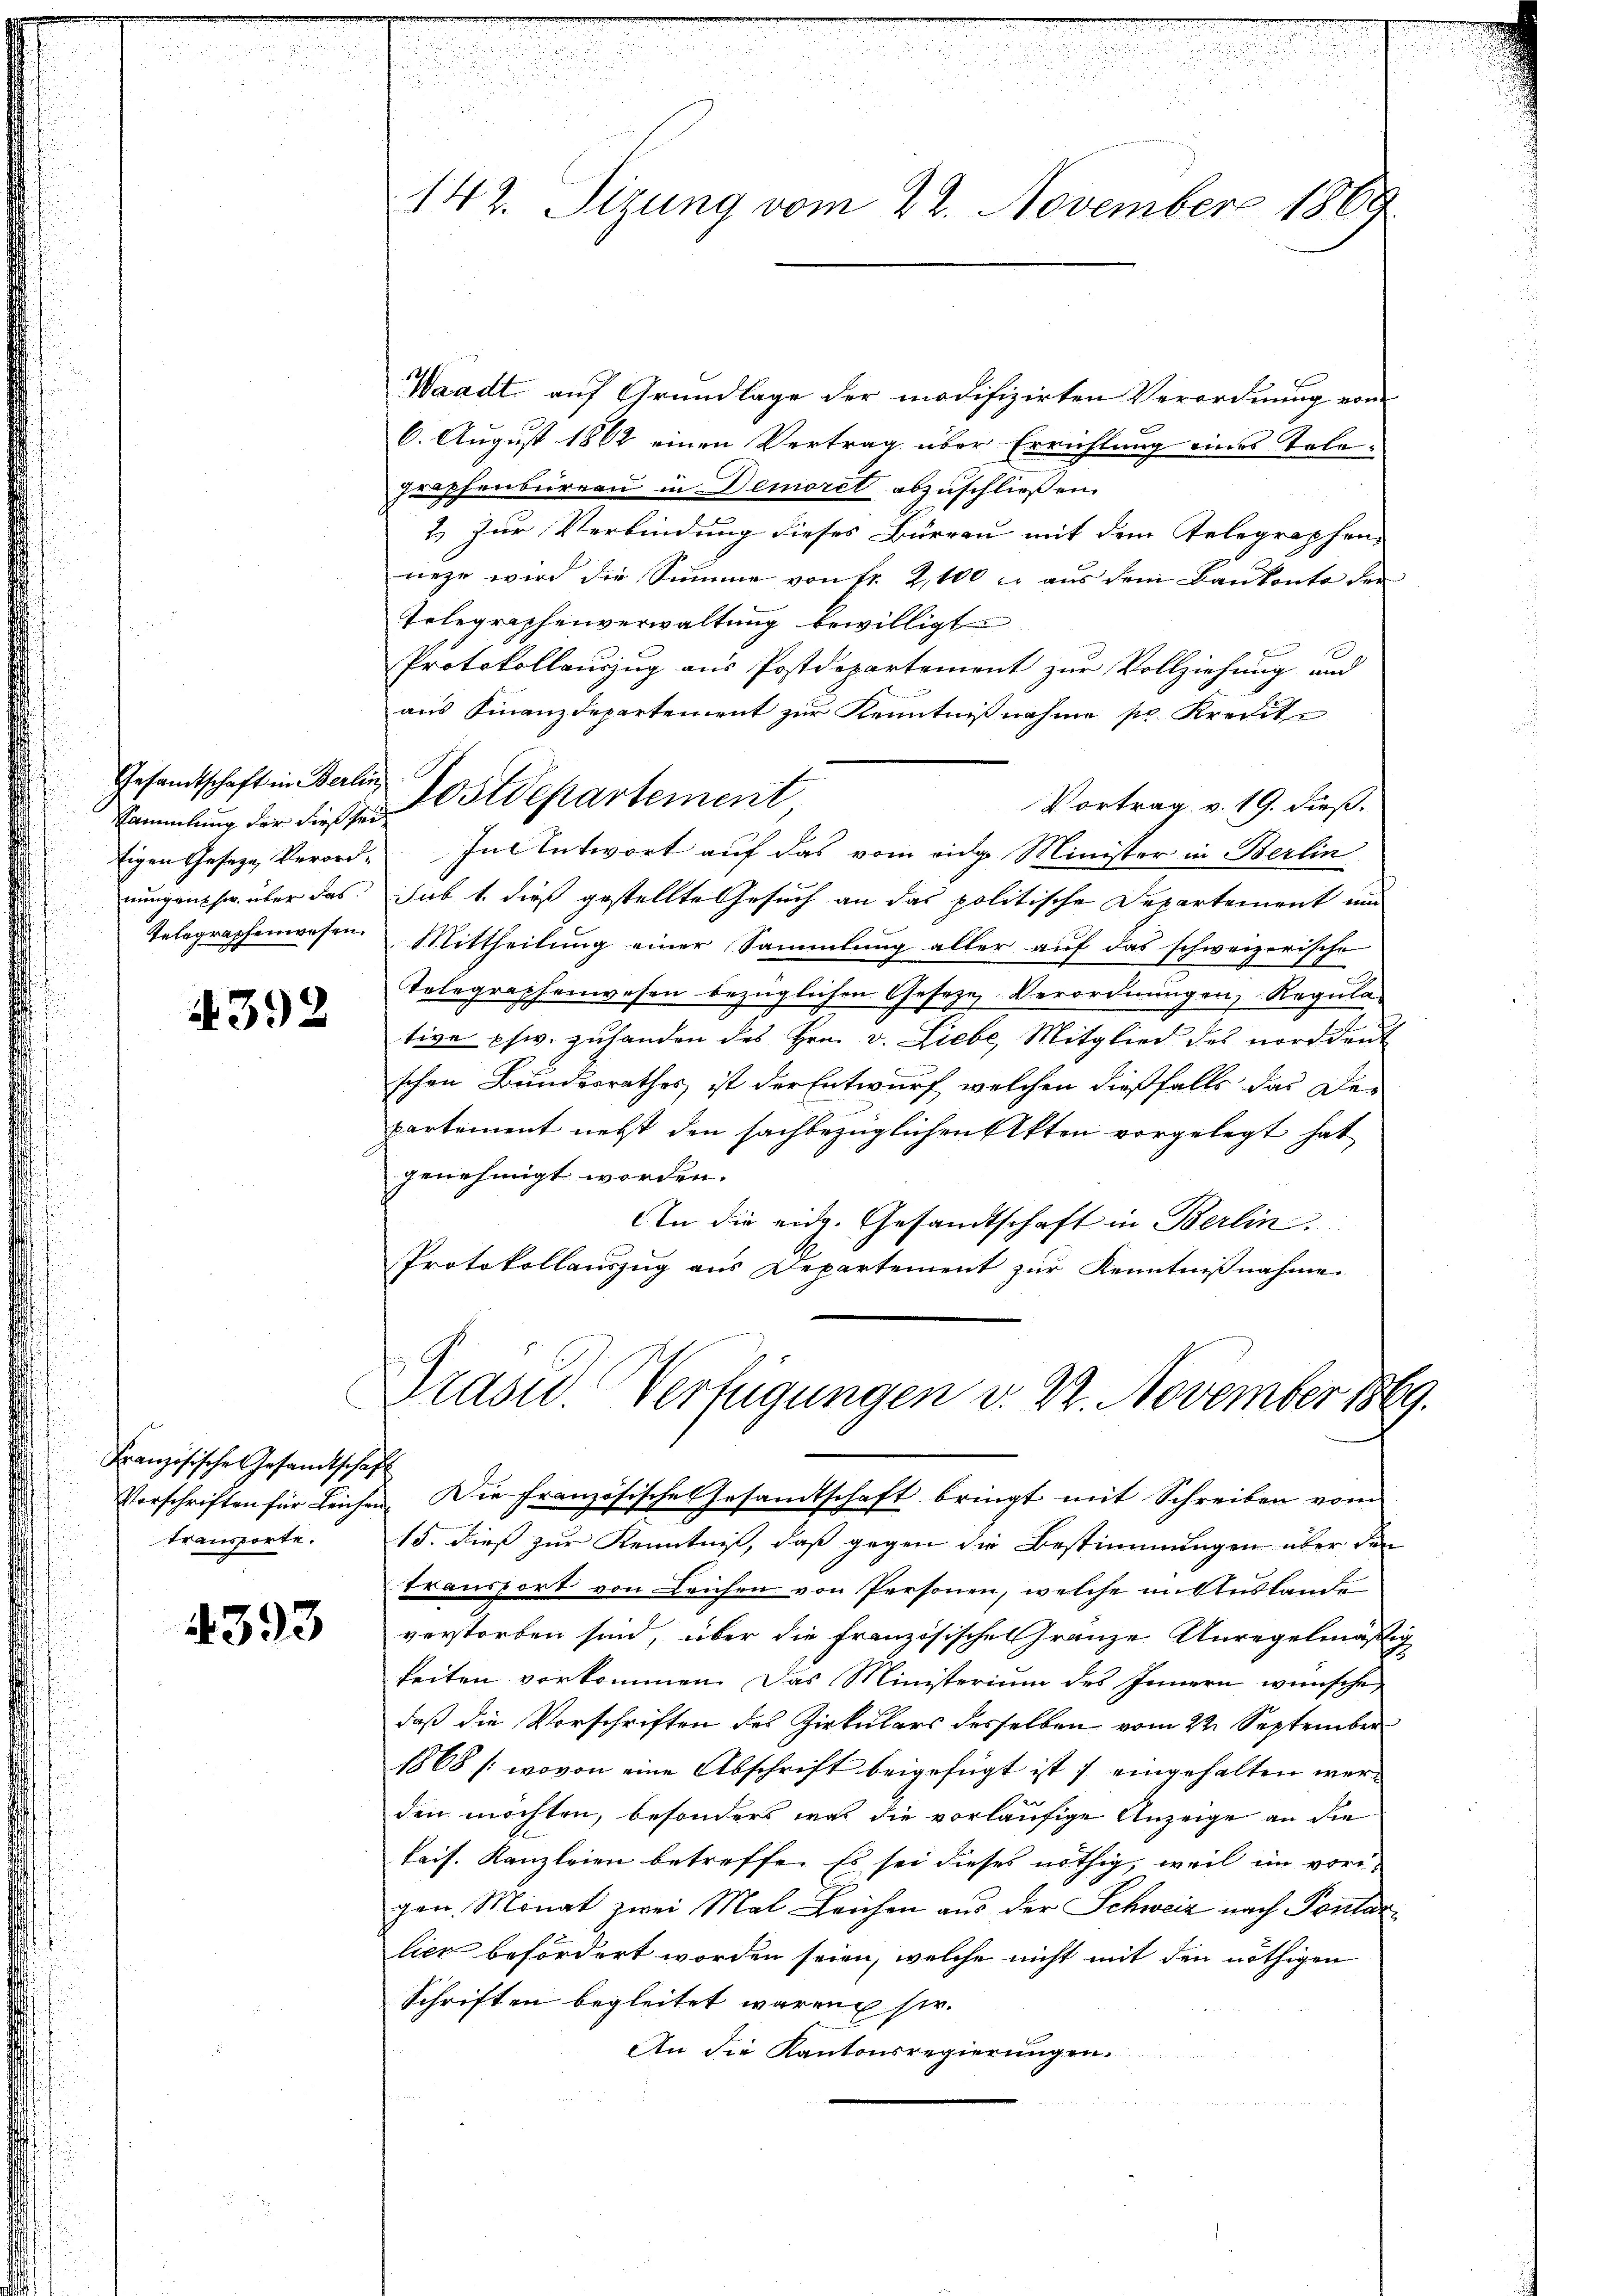
Gesandtschaft in Berlin
nungen sie über das
Telegraphenwesen.

4392

Französische Gesandtschaft
transporte.

4393

142. Sizung vom 22. November 1869

Waadt auf Grundlage der modifizirten Verordnung vom
6. August 1862 einen Vertrag über Errichtung eines Telegraphenburgen in Demorel abzuschließen.
2.) Zur Verbindung dieses Büreau mit dem Telegraphen-
nehr wird die Summe von Fr. 2,100 c. aus dem Baukonto der
Telegraphenverwaltung bewilligt
Protokollauszug aus Postdepartement zur Vollziehung und
aus Finanzdepartement zur Kenntnißnahme pr. Kredite
Vortrag v. 19. dieß.
tigen Geseze, Verord- In Antwort auf das vom eidg. Minister in Berlin
sub 1. dieß gestellte Gesuch an das politische Departement und
Mittheilung einer Sammlung aller auf das schweizerische
Telegraphenwesen bezüglichen Geseze Verordnungen, Regula-
tive pfw. zuhanden des Hrn. v. Liebe, Mitglied des norddeut
schen Bundesrathes ist der Entwurf, welchen dießfalls das Departement nebst den sachbezüglichen Akten vorgelegt hat
genehmigt worden.
An die eidg. Gesandtschaft in Berlin.
Protokollauszug aus Departement zur Kenntnißnahme.
Präsid. Verfügungen v. 2. November 1869.
Vorschriften für Leichen. Die französische Gesandtschaft bringt mit Schreiben vom
15. dieß zur Kenntniß, daß gegen die Bestimmungen über den
transfort von Leichen von Personen, welche in Auslande
verstorben sind, über die Französischeranze Unregelmäßig
keiten vorkommen. Das Ministerium des Innern wünsche
daß die Vorschriften des Zirkulars desselben vom 22. September
1868 /: wovon eine Abschrift beigefügt ist ; eingehalten werden möchten, besonders was die vorläufige Anzeige an die
tais. Kanzleien betreffe. Es sei dieses nöthig, weil im vor-
gen Monat zwei Mal Leichen aus der Schweiz nach Pontar
lier befördert worden seien, welche nicht mit den nöthigen
Schriften begleitet waren sie.
An die Kantonsregierungen.

Sammlung der dieser Ostdepartement,